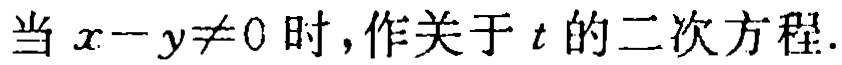
当 \(x - y\neq 0\) 时，作关于 \(t\) 的二次方程.